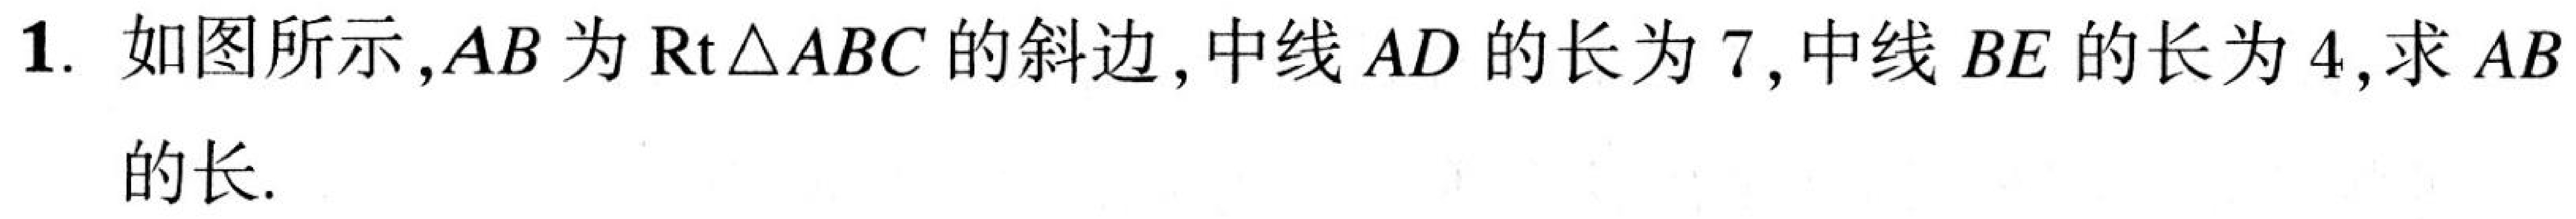
1. 如图所示，\(AB\) 为 \(\text{Rt}\triangle ABC\) 的斜边，中线 \(AD\) 的长为 \(7\)，中线 \(BE\) 的长为 \(4\)，求 \(AB\) 的长.